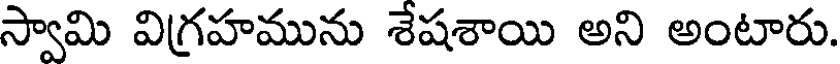
స్వామి విగ్రహమును శేషశాయి అని అంటారు.